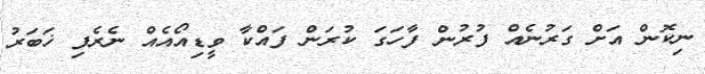
ނިކޮން އަށް ގަރުނެއް ފުރުން ފާހަގަ ކުރަން ފައްކާ ވީޑިއޯއެއް ނެރެފި ޚަބަރު